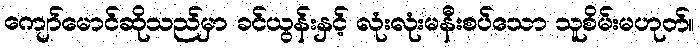
ကျော်မောင်ဆိုသည်မှာ ခင်ယွန်းနှင့် လုံးလုံးမနီးစပ်သော သူစိမ်းမဟုတ်။